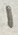
Text: 1